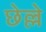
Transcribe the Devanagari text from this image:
छेल्ले